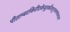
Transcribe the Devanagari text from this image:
पीताम्बरकिरीटकेयूरकौस्तुभवनमालाधरं